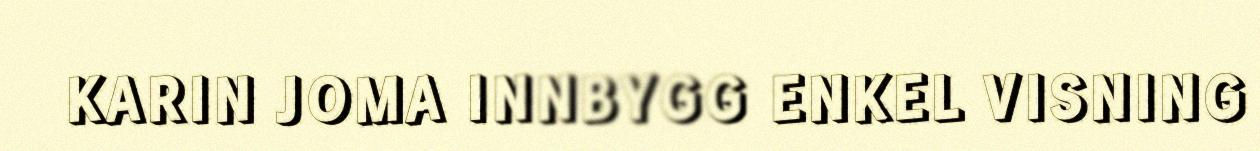
KARIN JOMA INNBYGG ENKEL VISNING